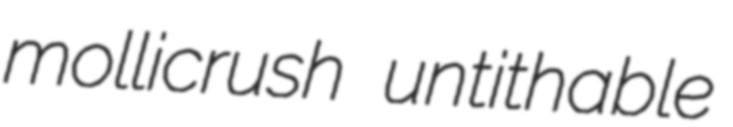
mollicrush untithable